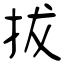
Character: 拔